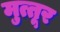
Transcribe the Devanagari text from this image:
मुत्तूर